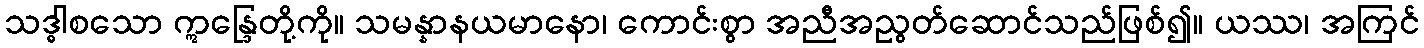
သဒ္ဓါစသော ဣန္ဒြေတို့ကို။ သမန္နာနယမာနော၊ ကောင်းစွာ အညီအညွတ်ဆောင်သည်ဖြစ်၍။ ယဿ၊ အကြင်